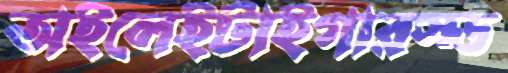
অইলেইটাইগারস্ড